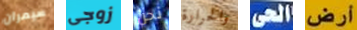
سيمران زوجى نحن والحرارة الحى أرض